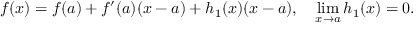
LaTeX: f ( x ) = f ( a ) + f ^ { \prime } ( a ) ( x - a ) + h _ { 1 } ( x ) ( x - a ) , \quad \operatorname* { l i m } _ { x \to a } h _ { 1 } ( x ) = 0 .